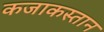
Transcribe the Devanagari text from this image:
कजाकस्तान